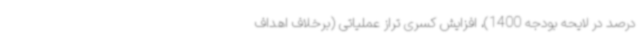
درصد در لایحه بودجه 1400)، افزایش کسری تراز عملیاتی (برخلاف اهداف